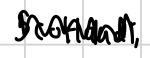
Text: Scotland,
Cross-out: zig-zag
Writing tool: digital_black